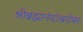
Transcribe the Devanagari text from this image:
श्रीब्रह्मानंदांबरोबर